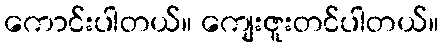
ကောင်းပါတယ်။ ကျေးဇူးတင်ပါတယ်။